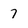
Character: 7